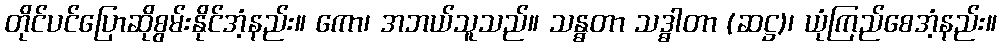
တိုင်ပင်ပြောဆိုစွမ်းနိုင်အံ့နည်း။ ကော၊ အဘယ်သူသည်။ သန္ဓတာ သဒ္ဓါတာ (ဆဋ္ဌ)၊ ယုံကြည်စေအံ့နည်း။